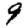
Digit: 9